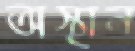
অস্থান